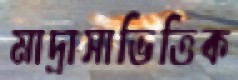
মাদ্রাসাভিত্তিক